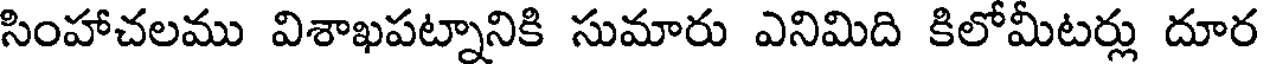
సింహాచలము విశాఖపట్నానికి సుమారు ఎనిమిది కిలోమీటర్లు దూర